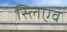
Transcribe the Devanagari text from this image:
स्लिएव